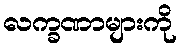
လက္ခဏာများကို